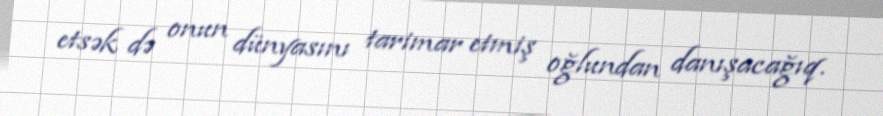
etsək də onun dünyasını tarimar etmiş oğlundan danışacağıq.